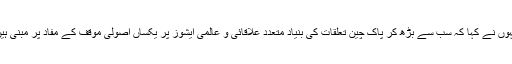
انہوں نے کہا کہ سب سے بڑھ کر پاک چین تعلقات کی بنیاد متعدد علاقائی و عالمی ایشوز پر یکساں اصولی موقف کے مفاد پر مبنی ہیں۔